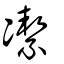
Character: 㓗